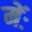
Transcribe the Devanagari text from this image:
मेंः